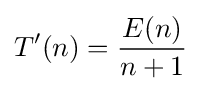
T'(n)={\frac {E(n)}{n+1}}